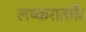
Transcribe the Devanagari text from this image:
लष्करातर्फे